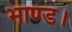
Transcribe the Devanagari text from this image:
भाण्ड।